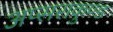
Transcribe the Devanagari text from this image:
अप्सराकुण्ड